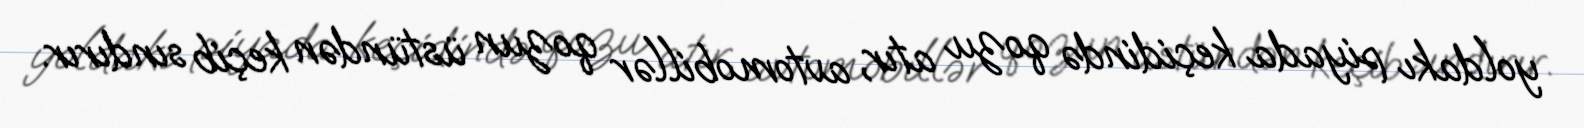
yoldakı piyada keçidində qozu atır, avtomobillər qozun üstündən keçib sındırır.